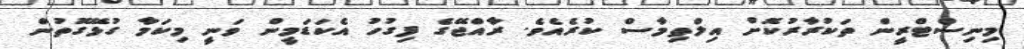
މިނިސްޓްރީން ތަކުރާރުކޮށް އިލްތިމާސް ކުރެއެވެ. ރާއްޖޭގެ ފިގުހު އެކަޑަމީން ވަނީ މިކަމާ ގުޅޭގޮތުން